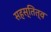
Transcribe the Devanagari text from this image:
सहस्तित्व